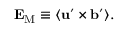
{ \bf { E } } _ { \mathrm { { M } } } \equiv \langle { { \bf { u } } ^ { \prime } \times { \bf { b } } ^ { \prime } } \rangle .